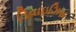
ડિવાઇઝિસ